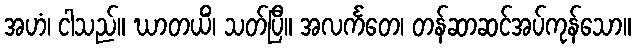
အဟံ၊ ငါသည်။ ဃာတယိံ၊ သတ်ပြီ။ အလင်္ကတေ၊ တန်ဆာဆင်အပ်ကုန်သော။